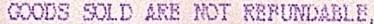
GOODS SOLD ARE NOT REFUNDABLE,